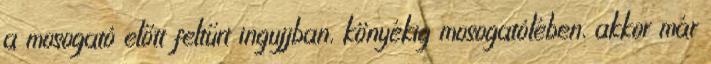
a mosogató előtt feltűrt ingujjban, könyékig mosogatólében, akkor már